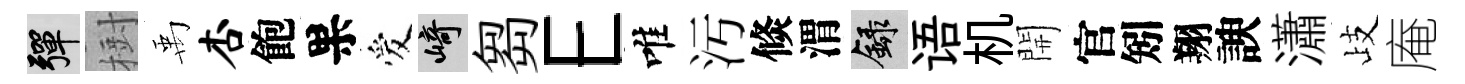
彈𣗳禹杏飽果爱崎芻E唯汚倐渭録语机開官矧翔諛瀟歧庵